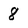
Character: 8